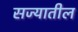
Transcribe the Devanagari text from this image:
सज्यातील